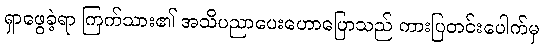
ရှာဖွေခဲ့ရာ ကြက်သား၏ အသိပညာပေးဟောပြောသည် ကားပြတင်းပေါက်မှ